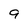
Character: 9